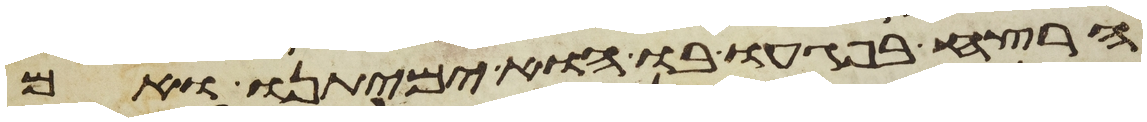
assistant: הרצח בפגעו בו הוא ימיתנו ואם